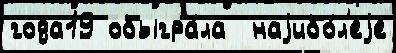
года19 обыгра́ла  наjибо́л'еjе